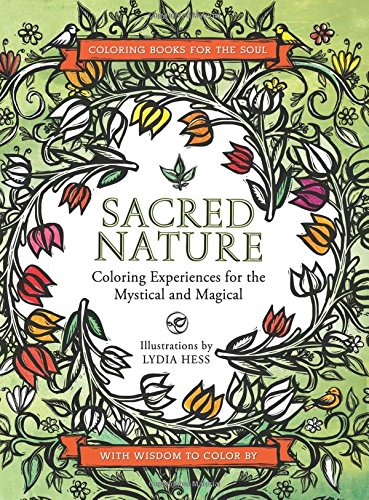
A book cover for Sacred Nature: Coloring Experiences for the Mystical and Magical; Lydia Hess; Religion & Spirituality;